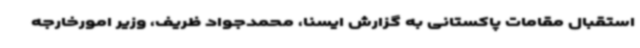
استقبال مقامات پاکستانی به گزارش ایسنا، محمدجواد ظریف، وزیر امورخارجه